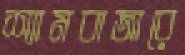
শ্যামবাজারে